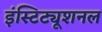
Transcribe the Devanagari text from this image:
इंस्टिट्यूशनल